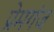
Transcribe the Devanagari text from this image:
प्रेमगंज